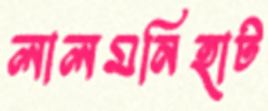
লালমনিহাট